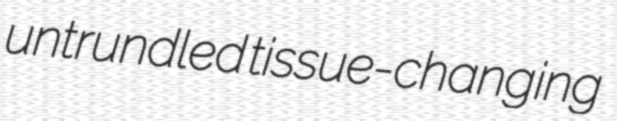
untrundled tissue-changing